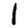
Digit: 1